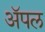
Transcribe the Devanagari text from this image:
अॅपल